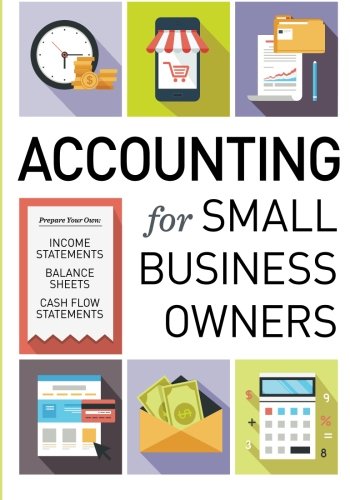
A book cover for Accounting for Small Business Owners; Tycho Press; Business & Money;